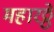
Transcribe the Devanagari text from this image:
महारठ्ठे